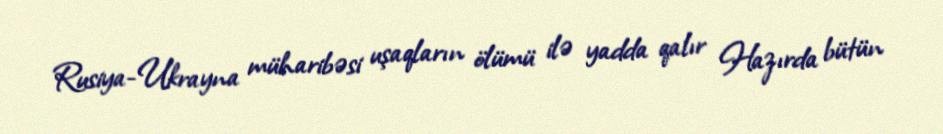
Rusiya-Ukrayna müharibəsi uşaqların ölümü ilə yadda qalır Hazırda bütün